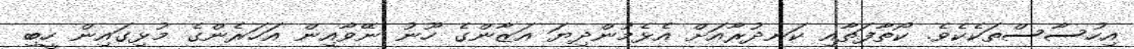
އިހުސާސްތަކެކެވެ. ކޯތާފަތާއި ކަނދުރާއަށް އެޅެމުންދިޔަ އަޒާންގެ ހޫނު ނޭވާއިން އަހަރެންގެ މުޅިގައިން ހީބި